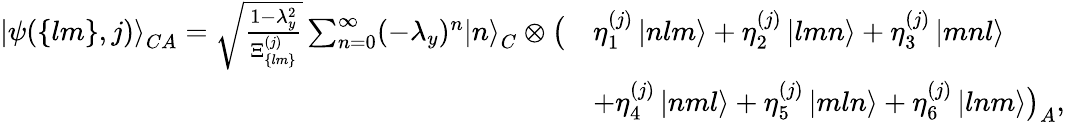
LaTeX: \begin{array}{rl}{\left|\psi(\{ lm\} ,j)\right>_{CA}=\sqrt{\frac{1-\lambda_{y}^{2}}{\Xi_{\{ lm\} }^{(j)}}}\sum_{n=0}^{\infty}(-\lambda_{y})^{n}\left|n\right>_{C}\otimes\big(}&{\eta_{1}^{(j)}\left|nlm\right>+\eta_{2}^{(j)}\left|lmn\right>+\eta_{3}^{(j)}\left|mnl\right>}\\ &{+\eta_{4}^{(j)}\left|nml\right>+\eta_{5}^{(j)}\left|mln\right>+\eta_{6}^{(j)}\left|lnm\right>\big)_{A},}\end{array}